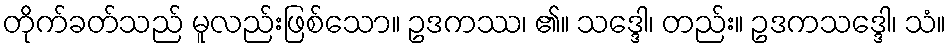
တိုက်ခတ်သည် မူလည်းဖြစ်သော။ ဥဒကဿ၊ ၏။ သဒ္ဒေါ၊ တည်း။ ဥဒကသဒ္ဒေါ၊ သံ။